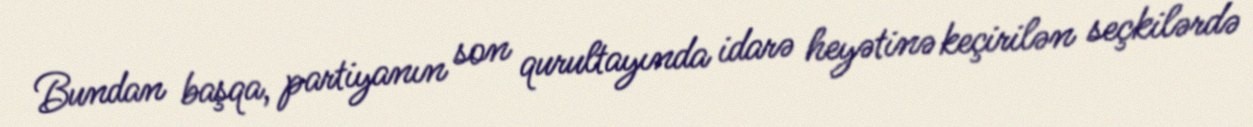
Bundan başqa, partiyanın son qurultayında idarə heyətinə keçirilən seçkilərdə